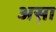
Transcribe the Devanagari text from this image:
अस़ा